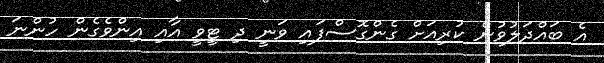
އެ ބައްދަލުވުން ކުރިއަށް ގެންގޮސްފައި ވަނީ ދި ޓީވީ އާއި އިންވެގެން ހުންނަ